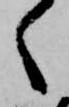
く